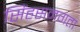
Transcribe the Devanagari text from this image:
सिंहसनगता